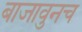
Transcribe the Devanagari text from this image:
बाजावुनच